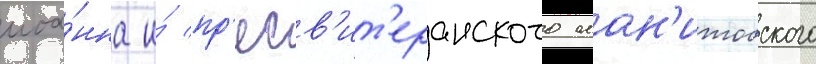
иоа́нна и́ пр'есв'ит'еранского ман'итобского